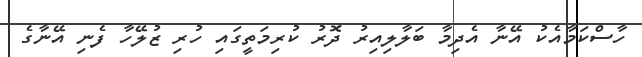
ހާސްކަމާއެކު އޭނާ އެދިމާ ބަލާލިއިރު ދޮރު ކުރިމަތީގައި ހުރި ޒުލޭހާ ފެނި އޭނާގެ